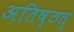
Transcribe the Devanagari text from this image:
अतिष्ठत्